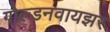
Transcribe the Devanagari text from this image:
गोल्डनवायझर